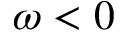
\omega < 0